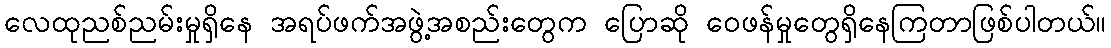
လေထုညစ်ညမ်းမှုရှိနေ အရပ်ဖက်အဖွဲ့အစည်းတွေက ပြောဆို ဝေဖန်မှုတွေရှိနေကြတာဖြစ်ပါတယ်။